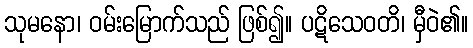
သုမနော၊ ဝမ်းမြောက်သည် ဖြစ်၍။ ပဋိသေဝတိ၊ မှီဝဲ၏။